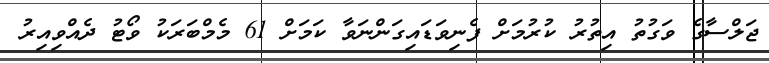
ޖަލްސާގެ ވަގުތު އިތުރު ކުރުމަށް ފެނިވަޑައިގަންނަވާ ކަމަށް 61 މެމްބަރަކު ވޯޓު ދެއްވިއިރު